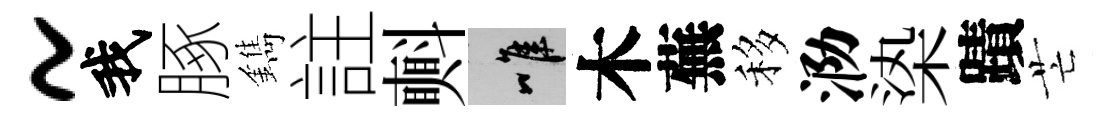
~我䐁鐫註㪺唯木蕪移泐𣑱蹟芒